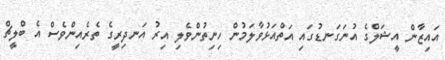
އައިޒާން އީޝަލްގެ އުނަގަނޑުގައި އަތްއަޅުވާލަމުން ހިނިތުންވެލި އިރު އަނދިރީގެ ތެރެއިންވެސް އެ ބްލީޗް